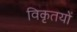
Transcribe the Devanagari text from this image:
विकृतयों